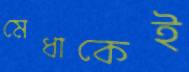
মেধাকেই